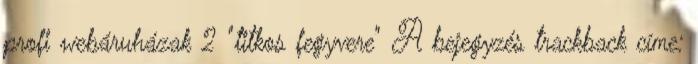
profi webáruházak 2 "titkos fegyvere" A bejegyzés trackback címe: